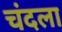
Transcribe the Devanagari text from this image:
चंदला